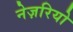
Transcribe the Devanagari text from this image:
नेज़रियो